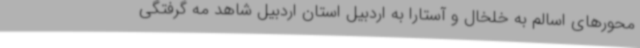
محورهای اسالم به خلخال و آستارا به اردبیل استان اردبیل شاهد مه گرفتگی